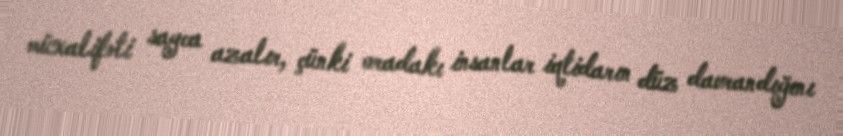
müxalifəti sayca azalır, çünki oradakı insanlar iqtidarın düz davrandığını